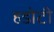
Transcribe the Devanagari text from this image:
हडोटी